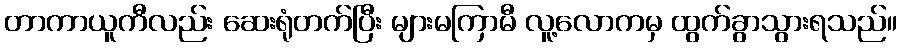
တာကာယူကီလည်း ဆေးရုံတက်ပြီး များမကြာမီ လူ့လောကမှ ထွက်ခွာသွားရသည်။